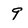
Character: 9